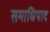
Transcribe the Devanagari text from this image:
समाधिपाद